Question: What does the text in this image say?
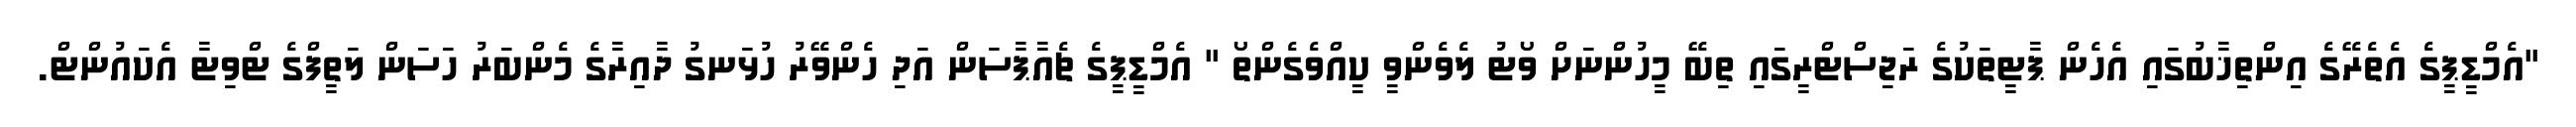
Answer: "އެމްޑީޕީގެ އެތެރޭގެ އިންތިޚާބުގައި އެހެން ޕާޓީތަކުގެ ރަޖިސްޓްރީގައި ތިބޭ މީހުންނަށް ވޯޓު ލެވެންވީ ކީއްވެގެންތޯ " އެމްޑީޕީގެ ޗެއާޕާސަން އަދި ހެންވޭރު ހުޅަނގު ދާއިރާގެ މެންބަރު ހަސަން ލަތީފްގެ ޓްވިޓާ އެކައުންޓް.